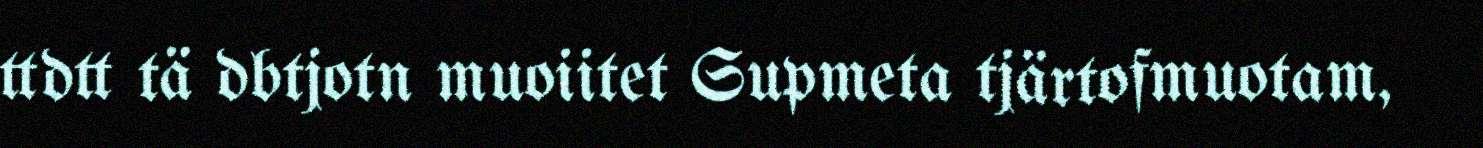
ttdtt tä dbtjotn muoiitet Supmeta tjärtofmuotam,